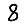
Digit: 8